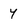
Character: 4